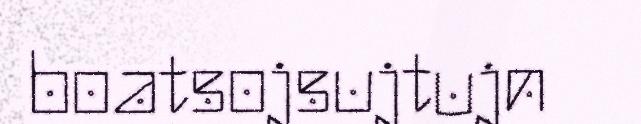
boatsojsujtujn